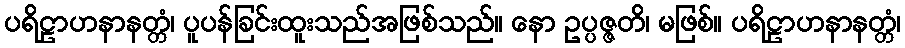
ပရိဠာဟနာနတ္တံ၊ ပူပန်ခြင်းထူးသည်အဖြစ်သည်။ နော ဥပ္ပဇ္ဇတိ၊ မဖြစ်။ ပရိဠာဟနာနတ္တံ၊